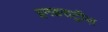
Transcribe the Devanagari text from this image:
इनडसट्रीज़